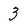
Character: 3